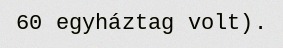
60 egyháztag volt).